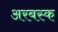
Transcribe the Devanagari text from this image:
अरबस्क